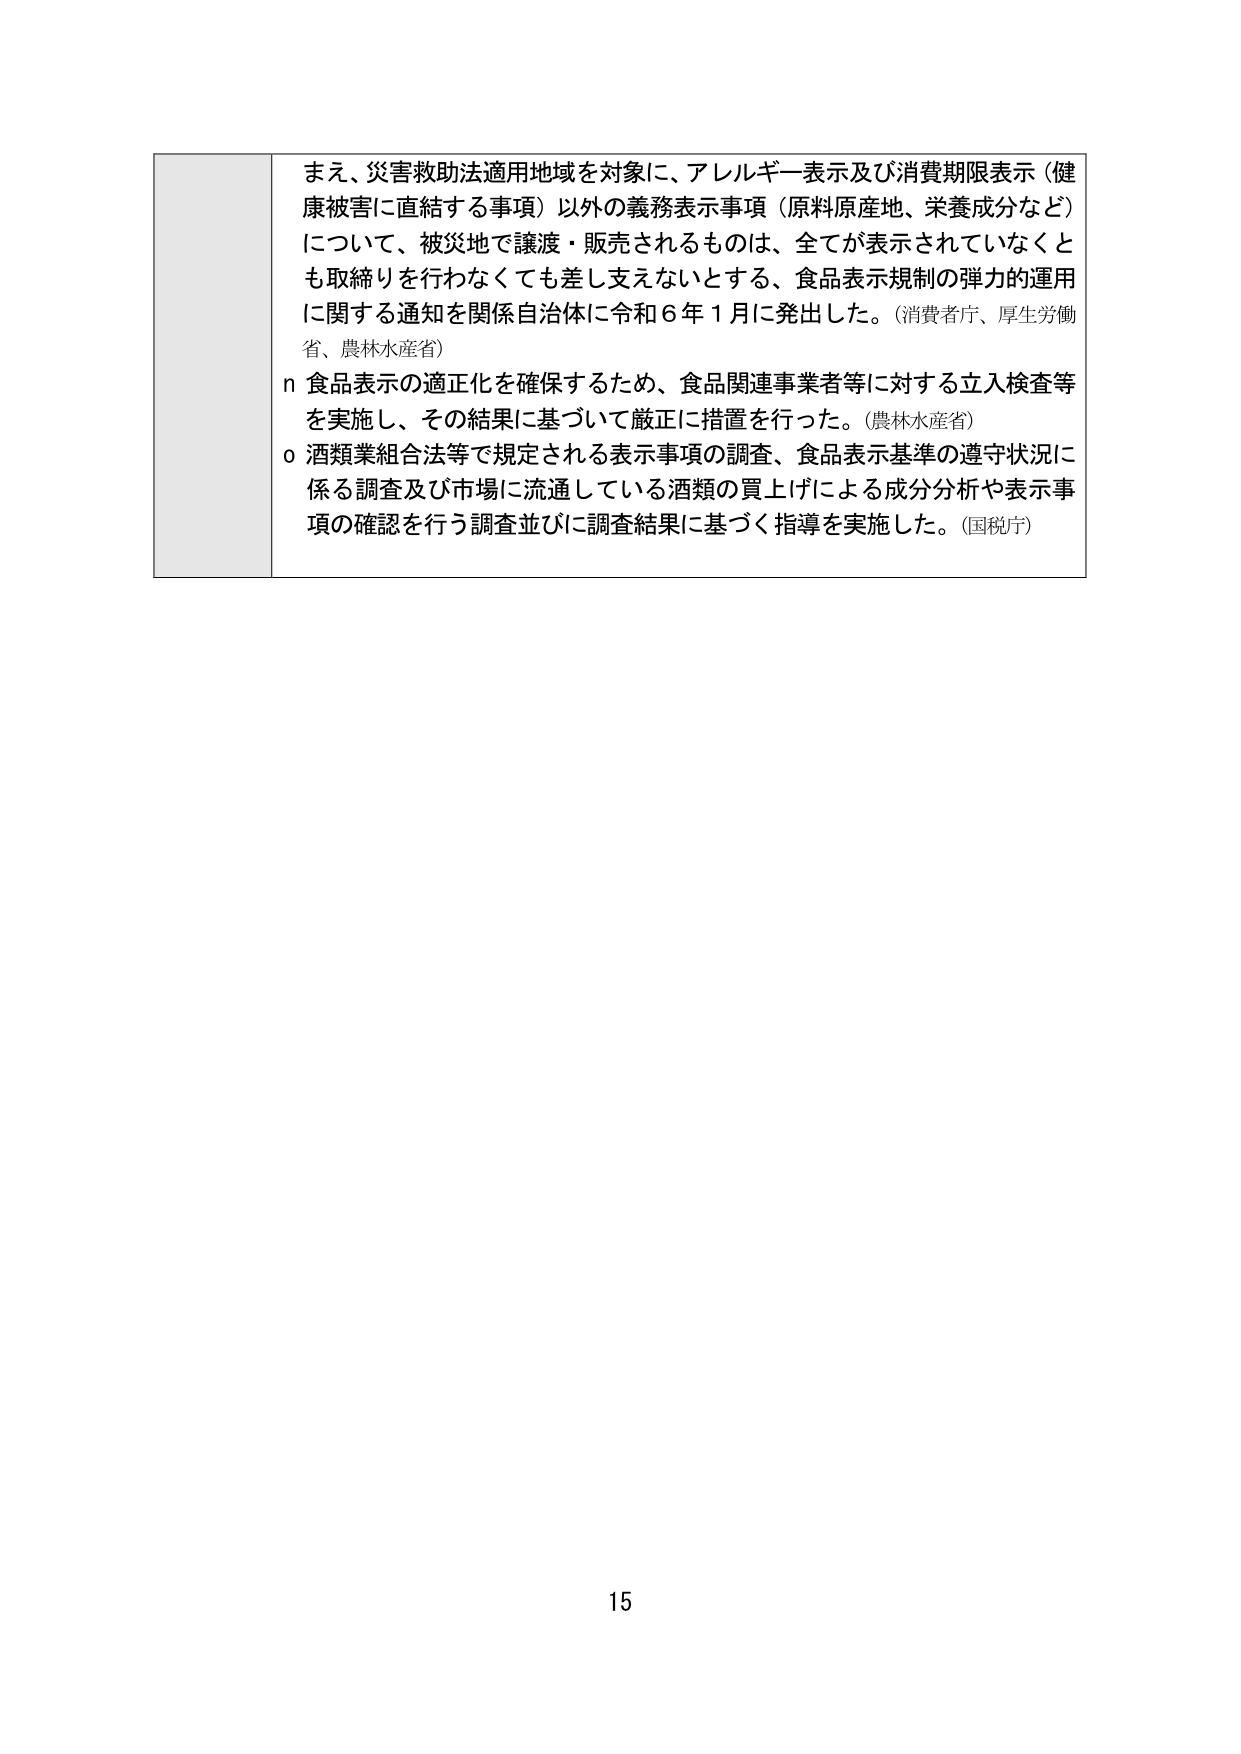
まえ、災害救助法適用地域を対象に、アレルギー表示及び消費期限表示（健康被害に直結する事項）以外の義務表示事項（原料原産地、栄養成分など）について、被災地で譲渡・販売されるものは、全てが表示されていなくとも取締りを行わなくても差し支えないとする、食品表示規制の弾力的運用に関する通知を関係自治体に令和６年１月に発出した。（消費者庁、厚生労働省、農林水産省）

n 食品表示の適正化を確保するため、食品関連事業者等に対する立入検査等を実施し、その結果に基づいて厳正に措置を行った。（農林水産省）

o 酒類業組合法等で規定される表示事項の調査、食品表示基準の遵守状況に係る調査及び市場に流通している酒類の買上げによる成分分析や表示事項の確認を行う調査並びに調査結果に基づく指導を実施した。（国税庁）

15